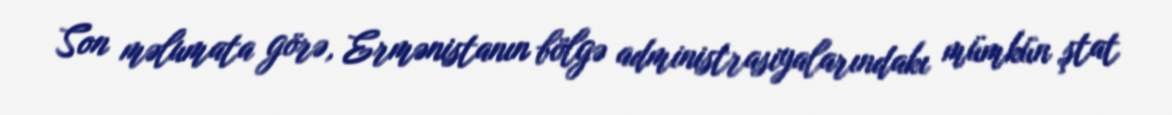
Son məlumata görə, Ermənistanın bölgə administrasiyalarındakı mümkün ştat